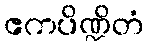
ဧကပိဏ္ဍိတံ